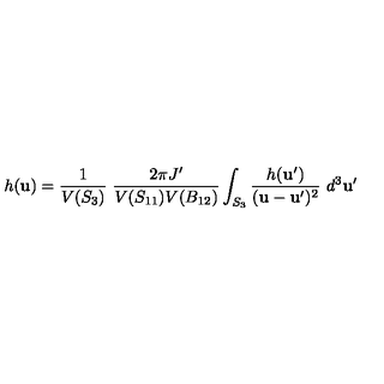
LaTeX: h ( { \bf u } ) = \frac { 1 } { V ( S _ { 3 } ) } \ \frac { 2 \pi J ^ { \prime } } { V ( S _ { 1 1 } ) V ( B _ { 1 2 } ) } \int _ { S _ { 3 } } \frac { h ( { \bf u } ^ { \prime } ) } { ( { \bf u } - { \bf u } ^ { \prime } ) ^ { 2 } } \ d ^ { 3 } { \bf u } ^ { \prime }